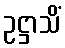
ဥဋ္ဌာသိံ